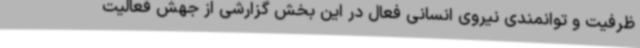
ظرفیت و توانمندی نیروی انسانی فعال در این بخش گزارشی از جهش فعالیت